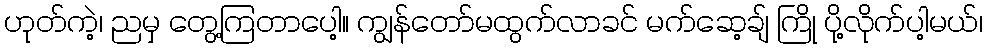
ဟုတ်ကဲ့၊ ညမှ တွေ့ကြတာပေါ့။ ကျွန်တော်မထွက်လာခင် မက်ဆေ့ချ် ကြို ပို့လိုက်ပါ့မယ်၊